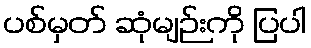
ပစ်မှတ် ဆုံမျဉ်းကို ပြပါ